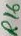
Text: R16